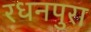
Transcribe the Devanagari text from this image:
रधनपुरा